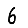
Digit: 6